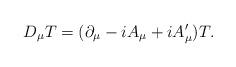
LaTeX: \begin{align*}D_\mu T = (\partial_\mu - i A_\mu + i A'_\mu) T.\end{align*}